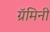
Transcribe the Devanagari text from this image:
ग्रॅमिनी